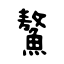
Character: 鰲